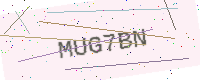
Text: MUG7BN